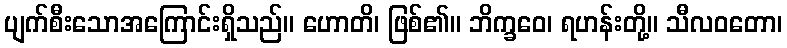
ပျက်စီးသောအကြောင်းရှိသည်။ ဟောတိ၊ ဖြစ်၏။ ဘိက္ခဝေ၊ ရဟန်းတို့။ သီလဝတော၊